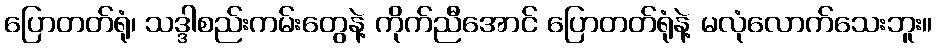
ပြောတတ်ရုံ၊ သဒ္ဒါစည်းကမ်းတွေနဲ့ ကိုက်ညီအောင် ပြောတတ်ရုံနဲ့ မလုံလောက်သေးဘူး။